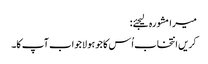
میرا مشورہ لیجئے:
کریں انتخاب اُس کا جو ہو لاجواب آپ کا۔